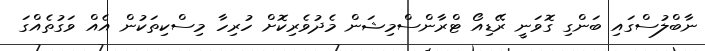
ނާބްލުސްގައި ބަންގި ގޮވަނީ ރޭޑިއޯ ޓްރާންސްމިޝަން މެދުވެރިކޮށް ހުރިހާ މިސްކިތަކުން އެއް ވަގުތެއްގަ